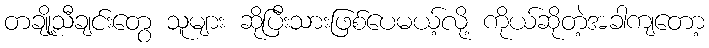
တချို့သီချင်းတွေ သူများ ဆိုပြီးသားဖြစ်ပေမယ့်လို့ ကိုယ်ဆိုတဲ့အခါကျတော့